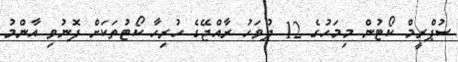
ސުޕްރީމް ކޯޓުން މިމަހުގެ 12 ދުވަހު ރާއްޖޭގެ ހުރިހާ ކޯޓުތަކަށް ފޮނުވި އާންމު